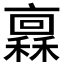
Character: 𱶨